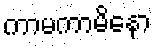
ကာမကာမိနော